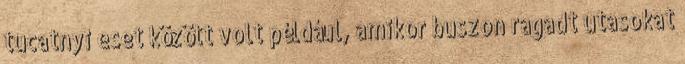
tucatnyi eset között volt például, amikor buszon ragadt utasokat